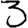
Digit: 3